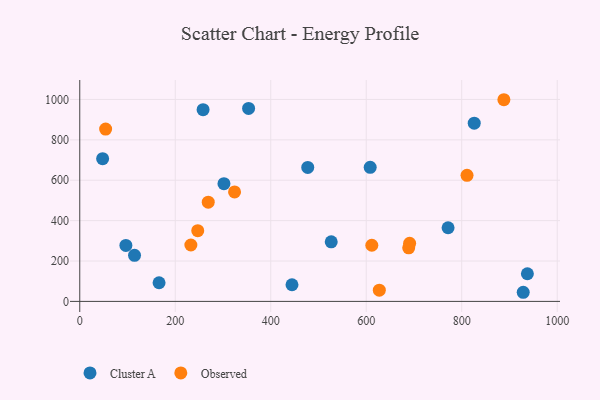
{"axis": {"x": "Ad Spend", "y": "Exam Score"}, "legend": ["Cluster A", "Observed"], "data": [{"x": "114.7", "y": 228.4, "type": "Cluster A"}, {"x": "353.6", "y": 955.3, "type": "Cluster A"}, {"x": "826.2", "y": 882.6, "type": "Cluster A"}, {"x": "477.5", "y": 663.5, "type": "Cluster A"}, {"x": "47.9", "y": 706.5, "type": "Cluster A"}, {"x": "928.8", "y": 45.2, "type": "Cluster A"}, {"x": "937.5", "y": 137.0, "type": "Cluster A"}, {"x": "166.1", "y": 92.4, "type": "Cluster A"}, {"x": "302.0", "y": 582.7, "type": "Cluster A"}, {"x": "526.7", "y": 295.1, "type": "Cluster A"}, {"x": "608.3", "y": 663.8, "type": "Cluster A"}, {"x": "444.5", "y": 82.4, "type": "Cluster A"}, {"x": "96.6", "y": 277.0, "type": "Cluster A"}, {"x": "771.4", "y": 364.7, "type": "Cluster A"}, {"x": "258.3", "y": 949.5, "type": "Cluster A"}, {"x": "611.7", "y": 278.0, "type": "Observed"}, {"x": "627.4", "y": 55.5, "type": "Observed"}, {"x": "54.2", "y": 853.4, "type": "Observed"}, {"x": "888.3", "y": 998.6, "type": "Observed"}, {"x": "688.9", "y": 265.3, "type": "Observed"}, {"x": "324.2", "y": 542.0, "type": "Observed"}, {"x": "269.1", "y": 491.3, "type": "Observed"}, {"x": "247.1", "y": 350.1, "type": "Observed"}, {"x": "811.1", "y": 624.1, "type": "Observed"}, {"x": "690.9", "y": 287.8, "type": "Observed"}, {"x": "232.7", "y": 279.4, "type": "Observed"}]}